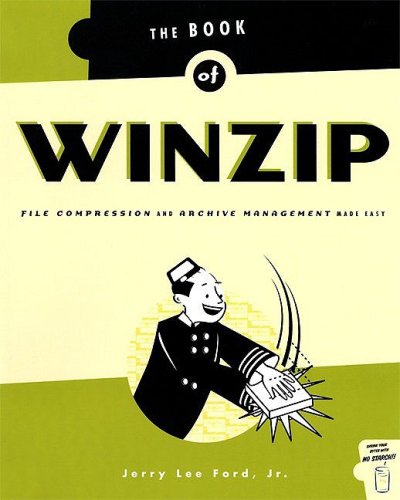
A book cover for The Book of WinZip; Jerry Lee Ford Jr.; Computers & Technology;